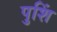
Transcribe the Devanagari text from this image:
पुशिं